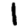
Digit: 1